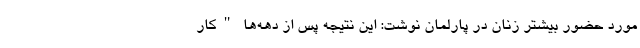
مورد حضور بیشتر زنان در پارلمان نوشت: این نتیجه پس از دهه‌ها "کار